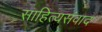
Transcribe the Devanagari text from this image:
साहित्यसंवाद